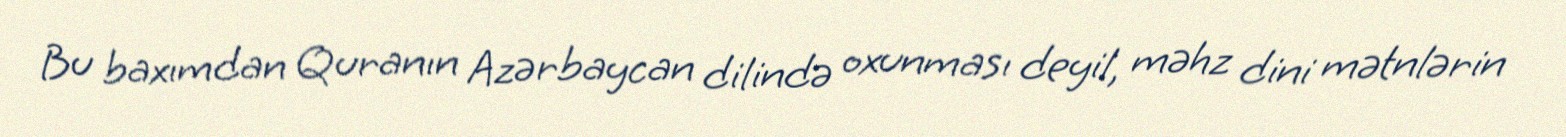
Bu baxımdan Quranın Azərbaycan dilində oxunması deyil, məhz dini mətnlərin